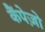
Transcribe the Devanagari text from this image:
कैंपेज़ो